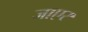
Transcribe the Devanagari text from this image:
जाएर